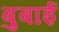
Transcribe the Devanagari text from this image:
बुबाई